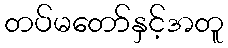
တပ်မတော်နှင့်အတူ